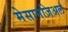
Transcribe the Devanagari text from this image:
मेसानजिअल